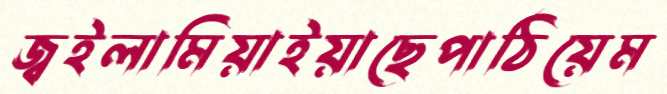
জ্বইলামিয়াইয়াছেপাঠিয়েম